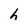
Character: h